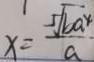
x = \frac { 5 \sqrt { b a ^ { 4 } } } { a }